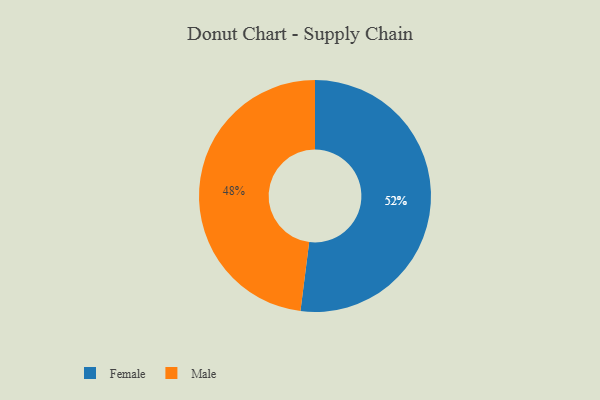
{"axis": {"x": "Category", "y": "Percentage"}, "legend": ["Female", "Male"], "data": [{"x": "Male", "y": 48, "type": "Male"}, {"x": "Female", "y": 52, "type": "Female"}]}